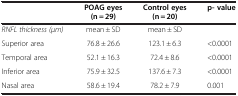
<table><thead><tr><td><b> </b></td><td><b>POAG eyes (n = 29)</b></td><td><b>Control eyes (n = 20)</b></td><td><b>p- value</b></td></tr></thead><tbody><tr><td><i>RNFL thickness (μm)</i></td><td>mean ± SD</td><td>mean ± SD</td><td> </td></tr><tr><td>Superior area</td><td>76.8 ± 26.6</td><td>123.1 ± 6.3</td><td>&lt;0.0001</td></tr><tr><td>Temporal area</td><td>52.1 ± 16.3</td><td>72.4 ± 8.6</td><td>&lt;0.0001</td></tr><tr><td>Inferior area</td><td>75.9 ± 32.5</td><td>137.6 ± 7.3</td><td>&lt;0.0001</td></tr><tr><td>Nasal area</td><td>58.6 ± 19.4</td><td>78.2 ± 7.9</td><td>0.001</td></tr></tbody></table>